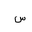
Letter: _sin